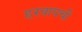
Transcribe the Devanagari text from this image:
हरवायची